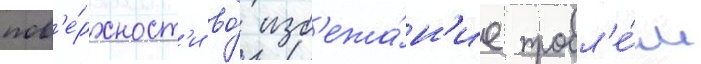
пов'е́рхност'и во́ изб'ежа́н'ие пробл'е́м